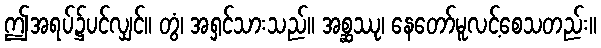
ဤအရပ်၌ပင်လျှင်။ တွံ၊ အရှင်သားသည်။ အစ္ဆဿု၊ နေတော်မူလင့်စေသတည်း။